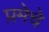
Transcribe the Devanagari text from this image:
प्रमेचे